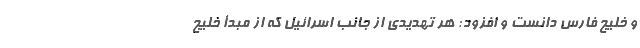
و خلیج فارس دانست و افزود: هر تهدیدی از جانب اسرائیل که از مبدأ خلیج